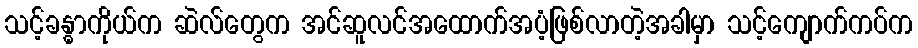
သင့်ခန္ဓာကိုယ်က ဆဲလ်တွေက အင်ဆူလင်အထောက်အပံ့ဖြစ်လာတဲ့အခါမှာ သင့်ကျောက်ကပ်က